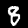
Digit: 8